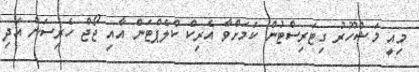
މިއީ މަޝްހޫރު ގިޓަރިސްޓުން ކަމަށްވާ އެރިކް ކްލެޕްޓަން އާއި ޖޯޖް ހެރިސަން އަދި